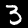
Label: 3